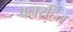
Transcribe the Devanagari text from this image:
वनरहित